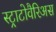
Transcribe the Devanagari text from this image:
स्ट्राटोवैरिअस